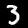
Label: 3